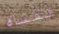
لفتاة